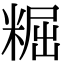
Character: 𥺷